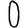
Digit: 0